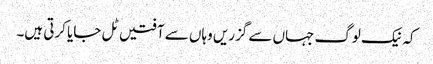
کہ نیک لوگ جہاں سے گزریں وہاں سے آفتیں ٹل جایا کرتی ہیں۔